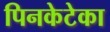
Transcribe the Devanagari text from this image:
पिनकेटेका